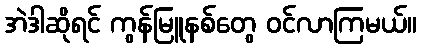
အဲဒါဆိုရင် ကွန်မြူနစ်တွေ ဝင်လာကြမယ်။